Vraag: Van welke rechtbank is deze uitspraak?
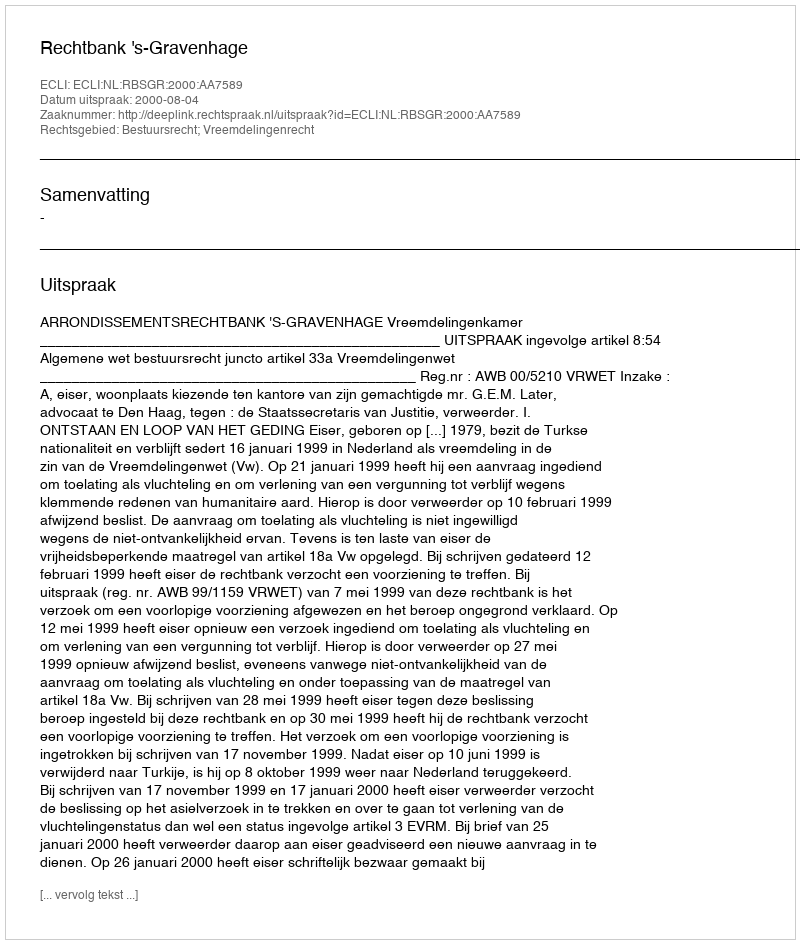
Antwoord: Rechtbank 's-Gravenhage